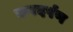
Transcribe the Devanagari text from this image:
करदर्पण